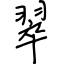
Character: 翠